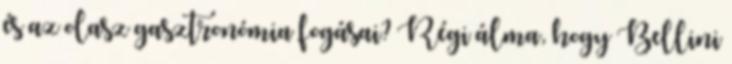
és az olasz gasztronómia fogásai? Régi álma, hogy Bellini